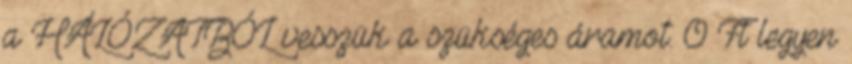
a HÁLÓZATBÓL vesszük a szükséges áramot. 0 Ft legyen